King Institute of Preventive Medicine Micro-Biological Section reports 1912-19
Year: 1912
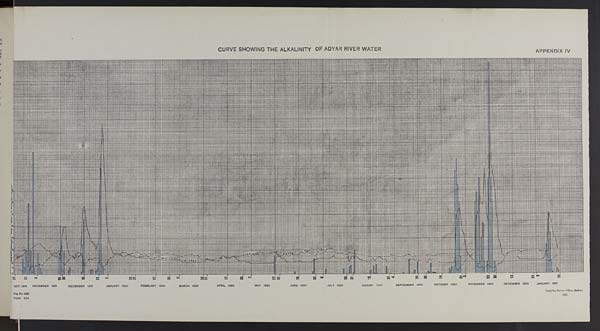
CURVE SHOWING THE ALKALINITY OF ADYAR RIVER WATER
APPENDIX IV
Reg. No. 1022
Copies 604
Vandyke, Survey Office, Madras.
1921.